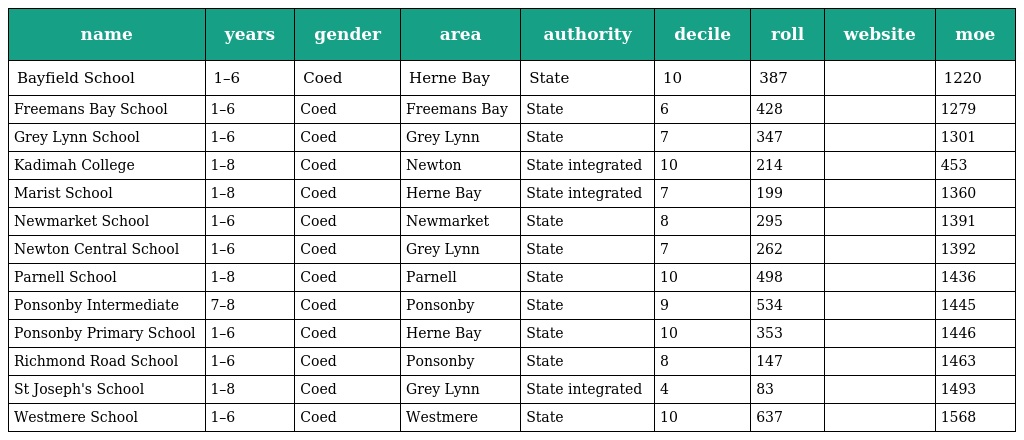
| name | years | gender | area | authority | decile | roll | website | moe |
 | --- | --- | --- | --- | --- | --- | --- | --- | --- |
 | Bayfield School | 1–6 | Coed | Herne Bay | State | 10 | 387 |  | 1220 |
 | Freemans Bay School | 1–6 | Coed | Freemans Bay | State | 6 | 428 |  | 1279 |
 | Grey Lynn School | 1–6 | Coed | Grey Lynn | State | 7 | 347 |  | 1301 |
 | Kadimah College | 1–8 | Coed | Newton | State integrated | 10 | 214 |  | 453 |
 | Marist School | 1–8 | Coed | Herne Bay | State integrated | 7 | 199 |  | 1360 |
 | Newmarket School | 1–6 | Coed | Newmarket | State | 8 | 295 |  | 1391 |
 | Newton Central School | 1–6 | Coed | Grey Lynn | State | 7 | 262 |  | 1392 |
 | Parnell School | 1–8 | Coed | Parnell | State | 10 | 498 |  | 1436 |
 | Ponsonby Intermediate | 7–8 | Coed | Ponsonby | State | 9 | 534 |  | 1445 |
 | Ponsonby Primary School | 1–6 | Coed | Herne Bay | State | 10 | 353 |  | 1446 |
 | Richmond Road School | 1–6 | Coed | Ponsonby | State | 8 | 147 |  | 1463 |
 | St Joseph's School | 1–8 | Coed | Grey Lynn | State integrated | 4 | 83 |  | 1493 |
 | Westmere School | 1–6 | Coed | Westmere | State | 10 | 637 |  | 1568 |